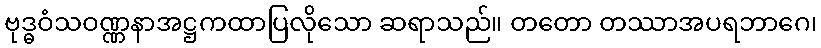
ဗုဒ္ဓဝံသဝဏ္ဏနာအဋ္ဌကထာပြလိုသော ဆရာသည်။ တတော တဿာအပရဘာဂေ၊